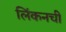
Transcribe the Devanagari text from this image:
लिंकनची